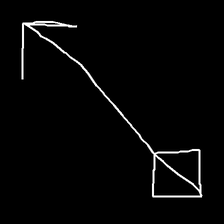
Glyph: focus